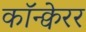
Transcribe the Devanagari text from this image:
कॉन्क्वेरर